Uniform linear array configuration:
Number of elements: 64
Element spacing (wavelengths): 0.75
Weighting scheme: cosine
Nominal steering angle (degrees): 45
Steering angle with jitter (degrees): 46.463
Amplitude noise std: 0.05
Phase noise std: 0.05

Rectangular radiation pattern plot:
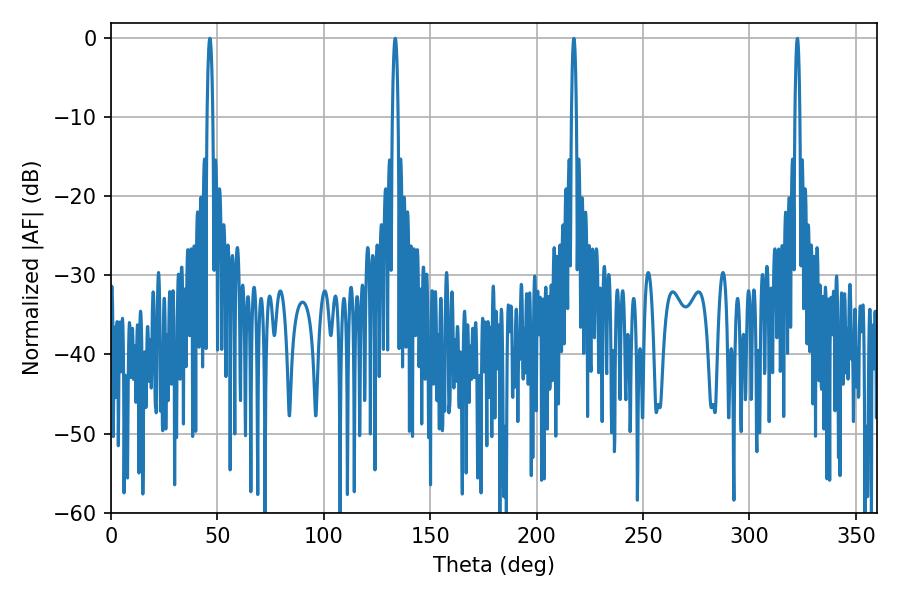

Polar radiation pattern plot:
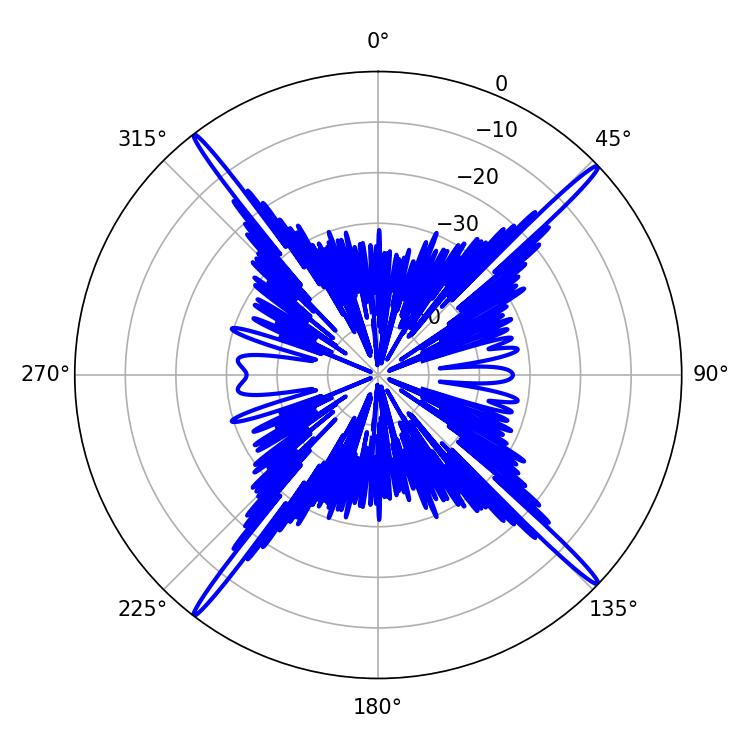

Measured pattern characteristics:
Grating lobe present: TRUE
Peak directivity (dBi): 22.277
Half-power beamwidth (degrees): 1.44
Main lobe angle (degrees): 46.44